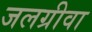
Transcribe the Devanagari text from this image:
जलग्रीवा